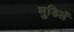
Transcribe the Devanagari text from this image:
मुडिर्ले